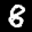
Label: 8